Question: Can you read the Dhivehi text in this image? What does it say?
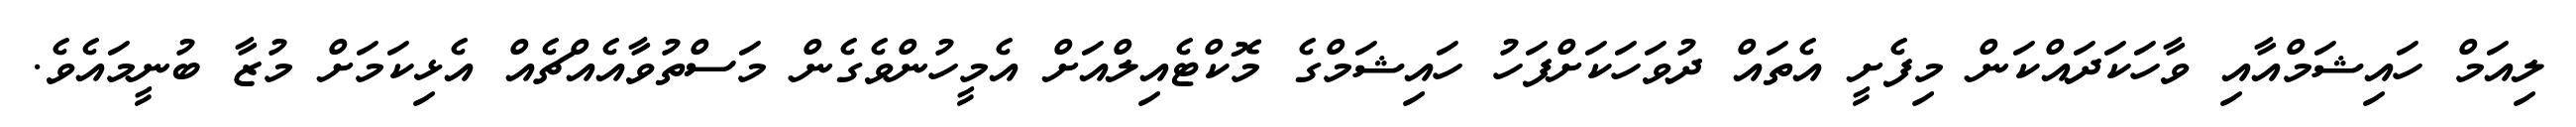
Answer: ލިއަމް ހައިޝަމްއާއި ވާހަކަދައްކަން މިފެށީ އެތައް ދުވަހަކަށްފަހު ހައިޝަމްގެ މޮކްޓެއިލްއަށް އެމީހުންވެގެން މަސްތުވާއެއްޗެއް އެޅިކަމަށް މުޒާ ބުނީމައެވެ.